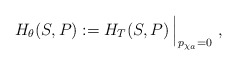
\begin{align*}H_{\theta}(S,P):= H_T( S, P) \, \Bigl\vert_{ p_{\chi_a}= 0}~,\end{align*}